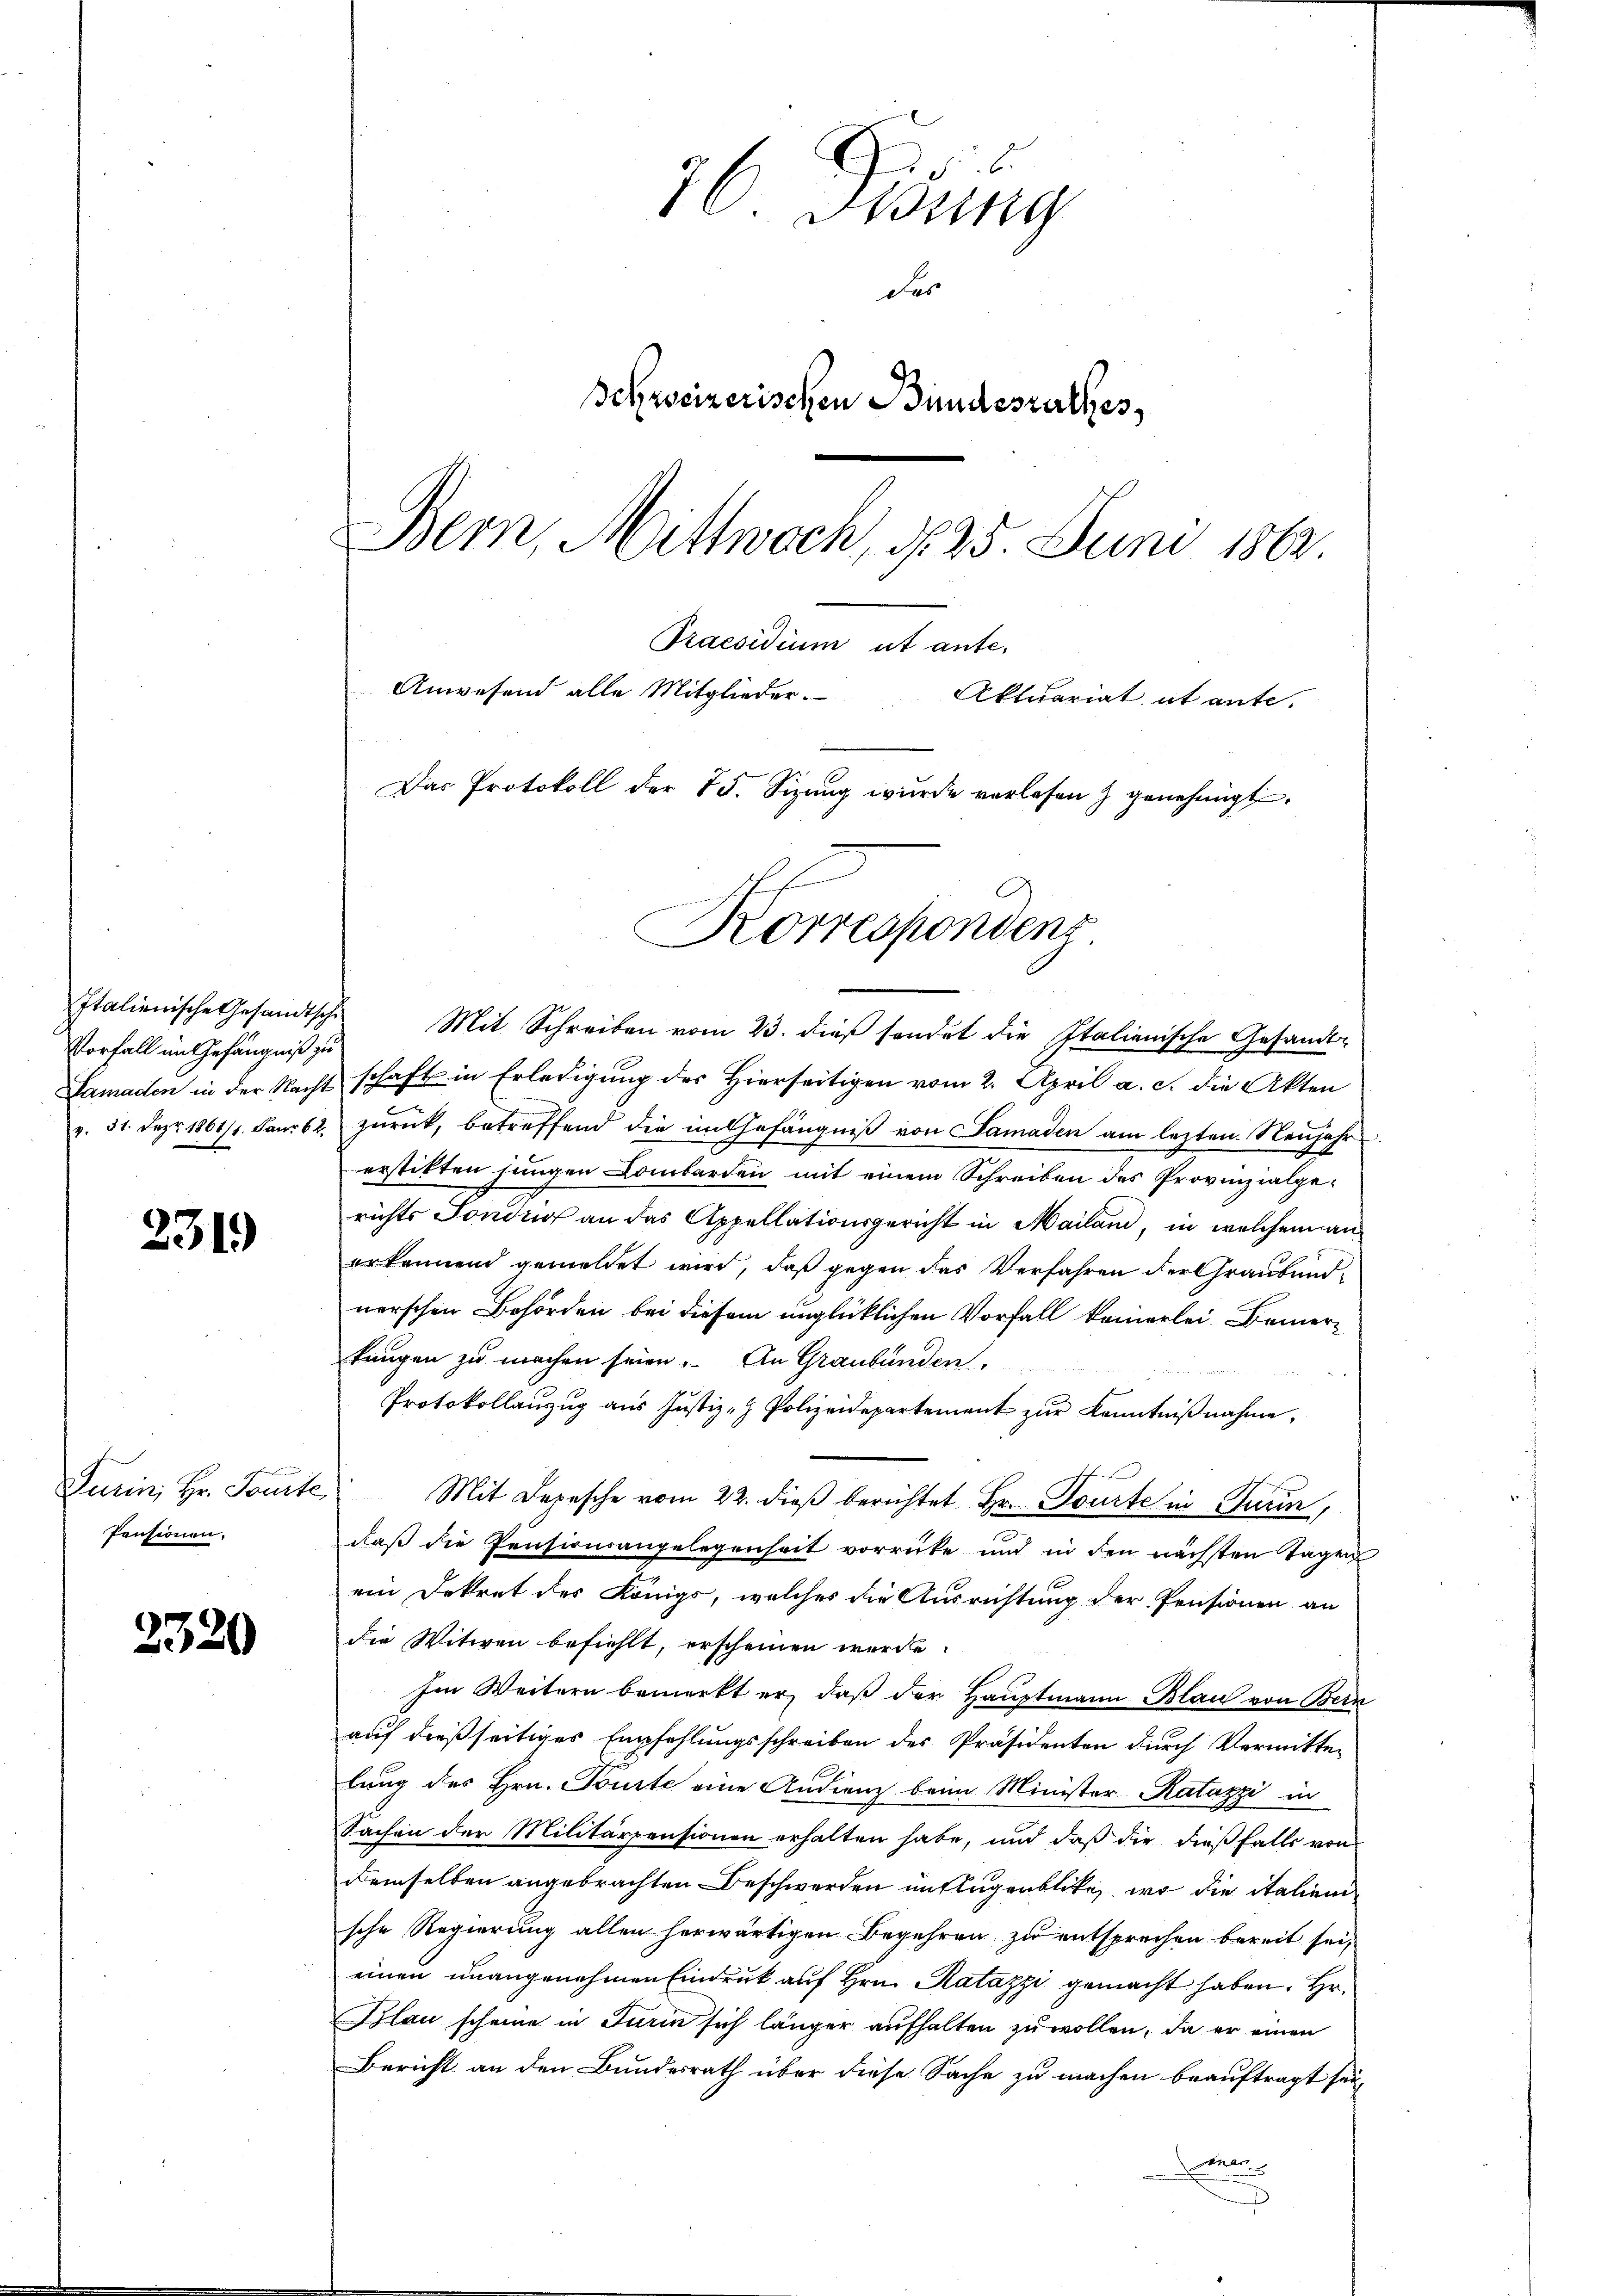
Vorfall im Gefängniß zu

2319

Pensionen.

2320

Italienische Gesandtsche Mit Schreiben vom 23. dieβ sendet die Italienische Gesandt-
Samaden in der Nacht schaft in Erledigung des Hierseitigen vom 2. April a. c. die Akten
r. 31. Dez. 1861/1. Janr 62. zŭrück, betreffend die im Gefängniβ von Samaden am lezten Neujahr
erstitten jungen Lombarden mit einem Schreiben des Provinzialgerichts Sondrio an das Appellationsgericht in Mailand, in welchem anerkennend gemeldet wird, daß gegen das Verfahren der Graubündnerschen Behörden bei diesem unglücklichen Vorfall keinerlei Bemerkangen zu machen seien. An Graubünden,
Protokollanzug aus Justiz- & Polizeidepartement zur Kenntnißnahme.
Turin, Hr. Tourte Mit Depesche vom 22. dieβ berichtet Hr. Tourte in Turin,
daß die Pensionsangelegenheit vorrücke und in den nächsten Tagen
ein Dekret des Königs, welches die Ausrichtung der Pensionen an
die Witwen befiehlt, erscheinen werde.
Im Weitern bemerkt er, daß der Hauptmann Blau von Bern
auf dießseitiges Empfehlungsschreiben des Präsidenten durch Vermitter
lung des Hrn. Tourte eine Andienz beim Minister Ratazzi in
Sachen der Militärpensionen erhalten habe, und daß die dießfalls von
demselben angebrachten Beschwerden unklugenblicke, wo die italienische Regierung allen herwärtigen Begehren zu entsprechen bereit sei,
einen unangenehmen Eindruck auf Hrn. Ratazzi gemacht haben. Hr.
Blau scheine in Turin sich länger aufhalten zu wollen, da er einen
Bericht an den Bundesrath über diese Sache zu machen beauftragt sei,
e
s

l.
76. Jung
des
Schweizerischen Bundesrathes,
Bern, Mittwoch, d. 25. Juni 1862.
Praesidium ab anter
Anwesend alle Mitglieder.
Aktuariat et ante.
Das Protokoll der 75. Sizung wurde verlesen & genehmigt.

Korrespondenz